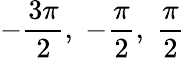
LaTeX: -{\frac{3\pi}{2}},\; -{\frac{\pi}{2}},\; {\frac{\pi}{2}}